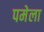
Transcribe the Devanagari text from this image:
पमेला